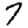
Digit: 7